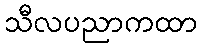
သီလပညာကထာ